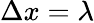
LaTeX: \Delta x=\lambda